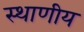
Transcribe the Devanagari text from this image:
स्थाणीय